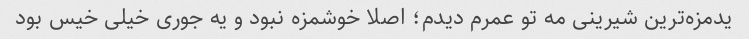
یدمزه‌ترین شیرینی مه تو عمرم دیدم؛ اصلا خوشمزه نبود و یه جوری خیلی خیس بود